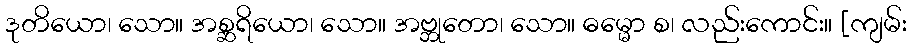
ဒုတိယော၊ သော။ အစ္ဆရိယော၊ သော။ အဗ္ဘုတော၊ သော။ ဓမ္မော စ၊ လည်းကောင်း။ [ကျမ်း